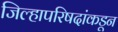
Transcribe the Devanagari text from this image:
जिल्हापरिषदांकडून